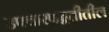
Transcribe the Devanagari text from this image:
उपचारपद्धतीतील